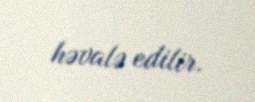
həvalə edilir.